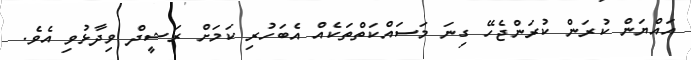
އައްޔަން ކުރަން ކުރަންޖެހޭ ގިނަ މަސައްކަތްތަކެއް އެބަހުރި ކަމަށް ރަޝީދް ވިދާޅުވި އެވެ.